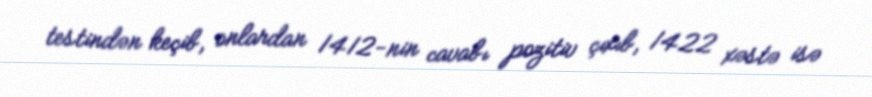
testindən keçib, onlardan 1412-nin cavabı pozitiv çıxıb, 1422 xəstə isə